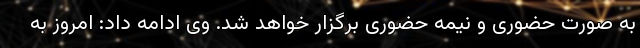
به صورت حضوری و نیمه حضوری برگزار خواهد شد. وی ادامه داد: امروز به